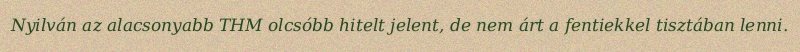
Nyilván az alacsonyabb THM olcsóbb hitelt jelent, de nem árt a fentiekkel tisztában lenni.